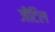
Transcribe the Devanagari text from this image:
जेंटिल